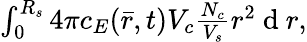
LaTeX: \begin{array}{r}{\int_{0}^{R_{s}}4\pi c_{E}(\bar{r},t)V_{c}\frac{N_{c}}{V_{s}}r^{2}\mathrm{~d~}r,}\end{array}